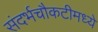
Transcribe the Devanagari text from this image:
संदर्भचौकटीमध्ये